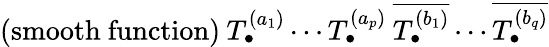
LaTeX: {\mathrm{(smooth~function)}}\: T_{\bullet}^{(a_{1})}\cdots T_{\bullet}^{(a_{p})}\: \overline{{{T_{\bullet}^{(b_{1})}}}}\cdots\overline{{{T_{\bullet}^{(b_{q})}}}}